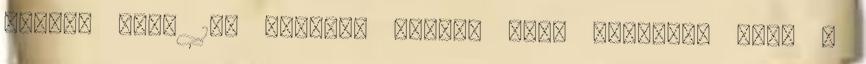
minden idők 100 legjobb klipje című műsorát, ahol a